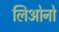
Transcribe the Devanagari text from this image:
लिओनो